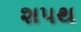
શપથ